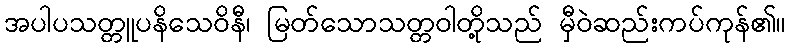
အပါပသတ္တူပနိသေဝိနီ၊ မြတ်သောသတ္တဝါတို့သည် မှီဝဲဆည်းကပ်ကုန်၏။